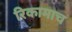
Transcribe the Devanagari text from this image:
रिकामाच